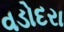
વડોદરા